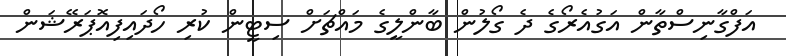
އަފްގާނިސްތާން އަގުއެރޯގެ ދެ ގޯލުން ބާންލީގެ މައްޗަށް ސިޓީން ކުރި ހޯދައިފިއޮޕަރޭޝަން